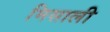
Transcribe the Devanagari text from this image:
मिसाली